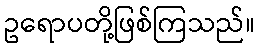
ဥရောပတို့ဖြစ်ကြသည်။